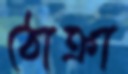
ঠোক্‌রা